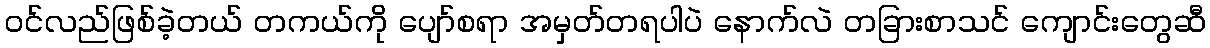
ဝင်လည်ဖြစ်ခဲ့တယ် တကယ်ကို ပျော်စရာ အမှတ်တရပါပဲ နောက်လဲ တခြားစာသင် ကျောင်းတွေဆီ